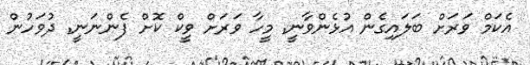
އެކަމް ވަރަށް ބަލައިގެން އުޅެންވާނީ